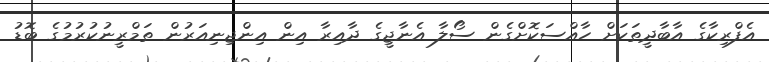
އެފްރިކާގެ އާބާދީތަކަށް ހާއްސަކޮށްގެން ސޯލާ އެނާޖީގެ ދާއިރާ އިން އިންޖިނިއަރުން ތަމްރީނުކުރުމުގެ ބޮޑު